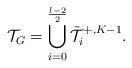
LaTeX: \begin{align*} \mathcal{T}_G = \bigcup_{i=0}^\frac{l-2}{2} \tilde{\mathcal{T}}^{+, K-1}_i.\end{align*}